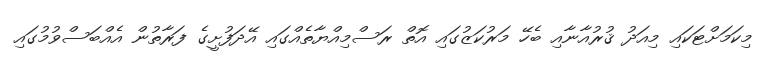
މިކަމަށްޓަކައި މިއަދު ޤުރުއާނާއި ބެހޭ މަރުކަޒުގައި އޮތް ރަސްމިއްޔާތެއްގައި އޭދަފުށީގެ ފަރާތުން އެއްބަސްވުމުގައި